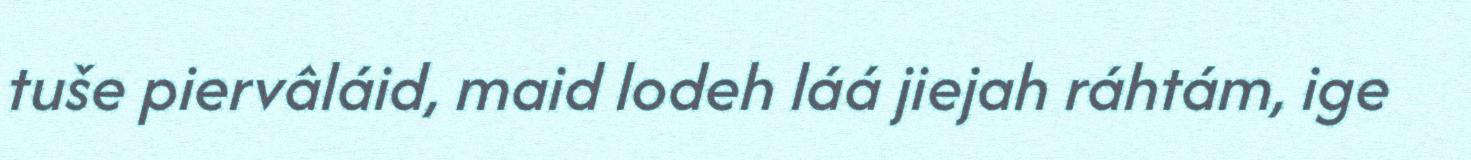
tuše piervâláid, maid lodeh láá jiejah ráhtám, ige